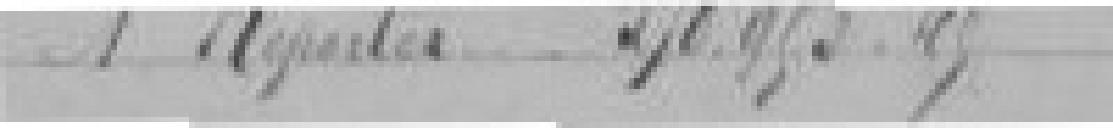
A reporter   570.953,45